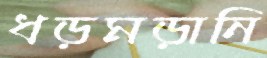
ধড়মড়ানি